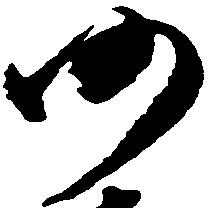
仍